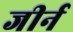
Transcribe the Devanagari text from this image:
जीर्न